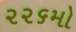
૨૨૬મો